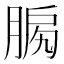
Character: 𦜛